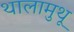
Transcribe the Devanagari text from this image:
थालामुथू